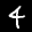
Label: 4